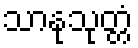
သာနုသုတ္တံ